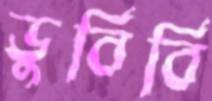
ডুবিবি